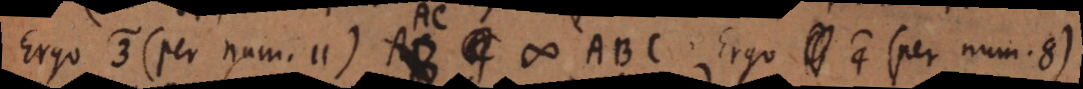
Ergo 3) (per num. 11) AC # ABC. Ergo 4) (per num. 8)